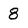
Character: 8